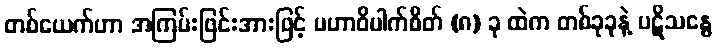
တစ်ယေက်ဟာ အကြမ်းဖြင်းအားဖြင့် မဟာဝိပါက်စိတ် (၈) ခု ထဲက တစ်ခုခုနဲ့ ပဋိသန္ဓေ